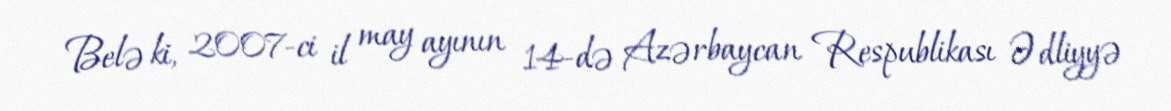
Belə ki, 2007-ci il may ayının 14-də Azərbaycan Respublikası Ədliyyə